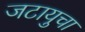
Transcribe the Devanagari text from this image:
जटायुचा